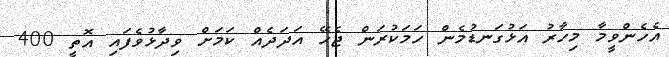
އެހެންވީމާ މިހާރު އަޅުގަނޑުމެން ހަމަކުރަން ޖެހޭ އަދަދެއް ކަމަށް ވިދާޅުވެފައި އޮތީ 400